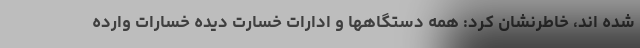
شده اند، خاطرنشان کرد: همه دستگاهها و ادارات خسارت دیده خسارات وارده